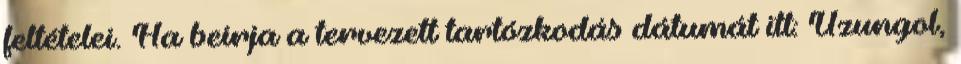
feltételei. Ha beírja a tervezett tartózkodás dátumát itt: Uzungol,